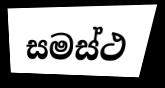
සමස්ථ